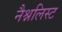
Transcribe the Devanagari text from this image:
नैश्नलिस्ट